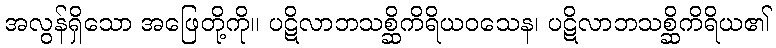
အလွန်ရှိသော အဖြေတို့ကို။ ပဋိလာဘသစ္ဆိကိရိယဝသေန၊ ပဋိလာဘသစ္ဆိကိရိယ၏